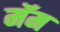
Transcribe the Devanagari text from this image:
मॅम